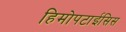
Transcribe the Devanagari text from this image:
हिमोपटाईसिस